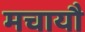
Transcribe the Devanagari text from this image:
मचायौ